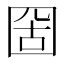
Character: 𡇣